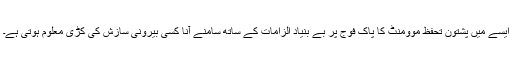
ایسے میں پشتون تحفظ موومنٹ کا پاک فوج پر بے بنیاد الزامات کے ساتھ سامنے آنا کسی بیرونی سازش کی کڑی معلوم ہوتی ہے۔